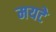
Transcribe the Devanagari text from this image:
मयटे